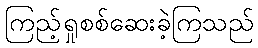
ကြည့်ရှုစစ်ဆေးခဲ့ကြသည်